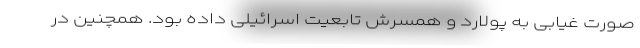
صورت غیابی به پولارد و همسرش تابعیت اسرائیلی داده بود. همچنین در